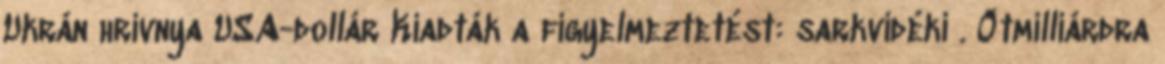
Ukrán hrivnya USA-dollár Kiadták a figyelmeztetést: sarkvidéki . Ötmilliárdra